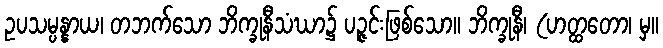
ဥပသမ္ပန္နာယ၊ တဘက်သော ဘိက္ခုနီသံဃာ၌ ပဉ္ဇင်းဖြစ်သော။ ဘိက္ခုနီ၊ (ဟတ္ထတော၊ မှ။